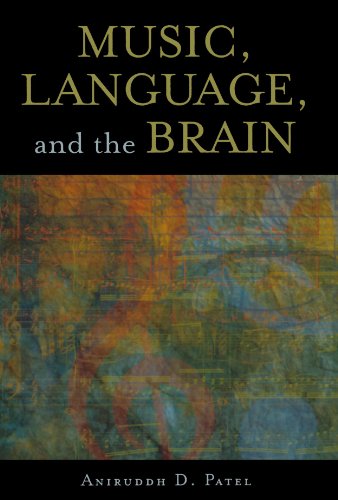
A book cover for Music, Language, and the Brain; Aniruddh D. Patel; Medical Books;